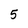
Character: 5